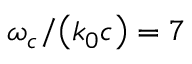
\omega _ { c } / { \left( k _ { 0 } c \right) } = 7